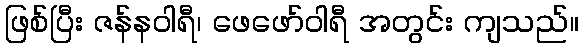
ဖြစ်ပြီး ဇန်နဝါရီ၊ ဖေဖော်ဝါရီ အတွင်း ကျသည်။